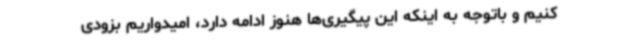
کنیم و باتوجه به اینکه این پیگیری‌ها هنوز ادامه دارد، امیدواریم بزودی